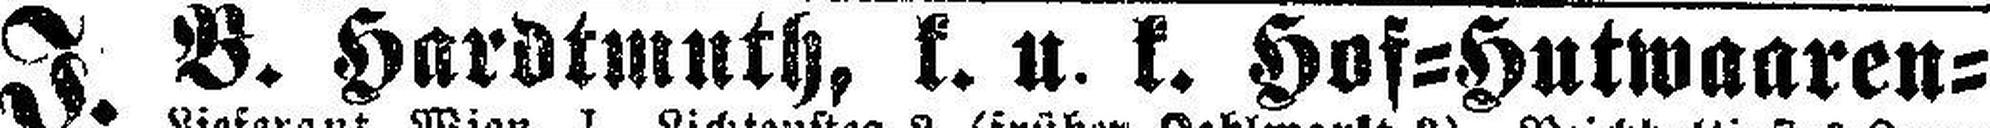
J. B. Hardtmuth, k. u. k. Hof=Hutwaaren=